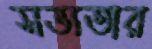
সভ্যতার